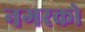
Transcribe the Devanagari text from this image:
नगरको